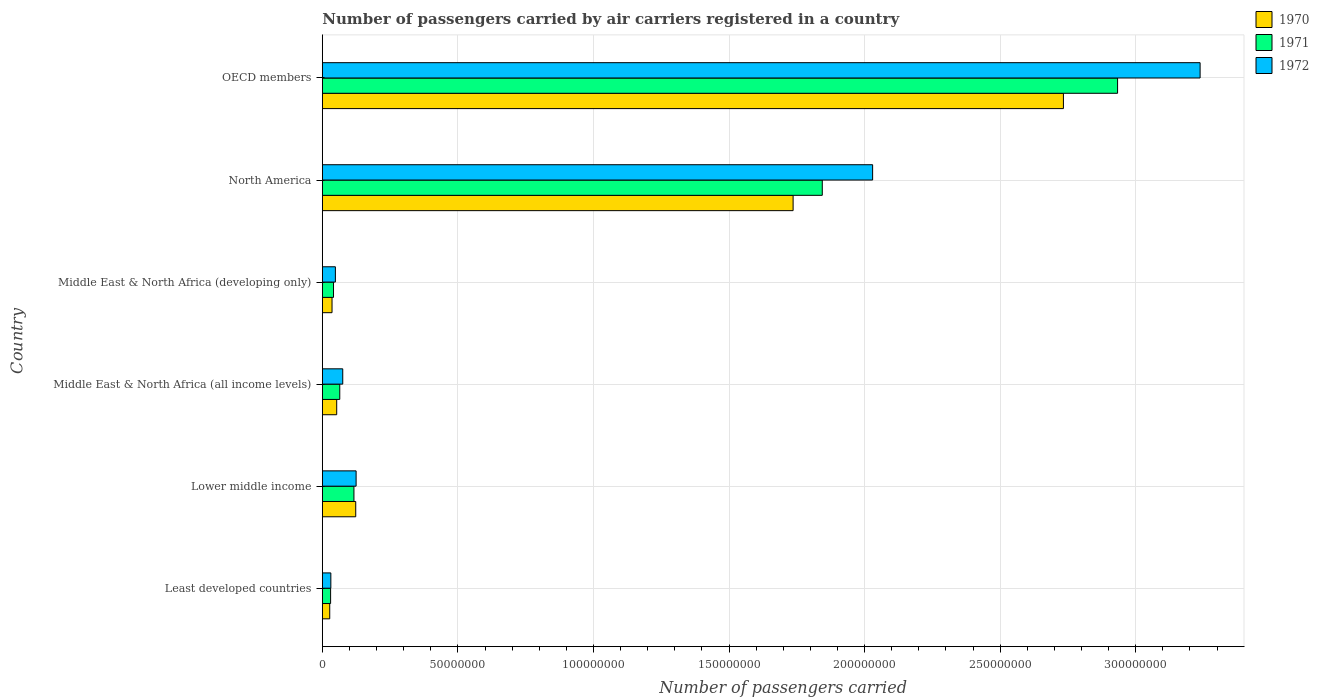
| Country | 1970 | 1971 | 1972 |
 | --- | --- | --- | --- |
 | Least developed countries | 2.73e+06 | 3.05e+06 | 3.14e+06 |
 | Lower middle income | 1.23e+07 | 1.17e+07 | 1.25e+07 |
 | Middle East & North Africa (all income levels) | 5.3e+06 | 6.43e+06 | 7.53e+06 |
 | Middle East & North Africa (developing only) | 3.58e+06 | 4.12e+06 | 4.82e+06 |
 | North America | 1.74e+08 | 1.84e+08 | 2.03e+08 |
 | OECD members | 2.73e+08 | 2.93e+08 | 3.24e+08 |